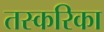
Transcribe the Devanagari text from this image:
तस्करिका